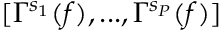
[ \Gamma ^ { s _ { 1 } } ( f ) , . . . , \Gamma ^ { s _ { P } } ( f ) ]